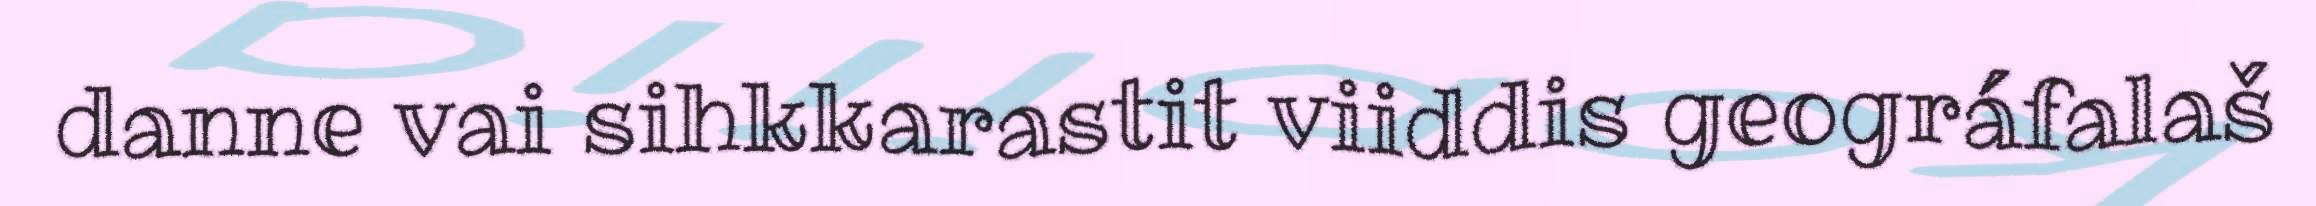
danne vai sihkkarastit viiddis geográfalaš